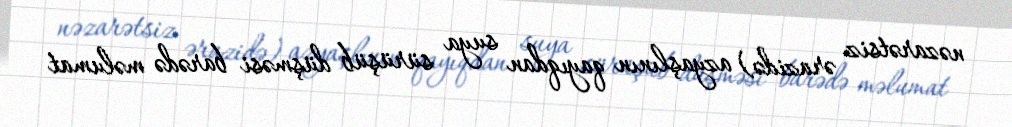
nəzarətsiz ərazidə) azyaşlının qayıqdan suya sürüşüb düşməsi barədə məlumat